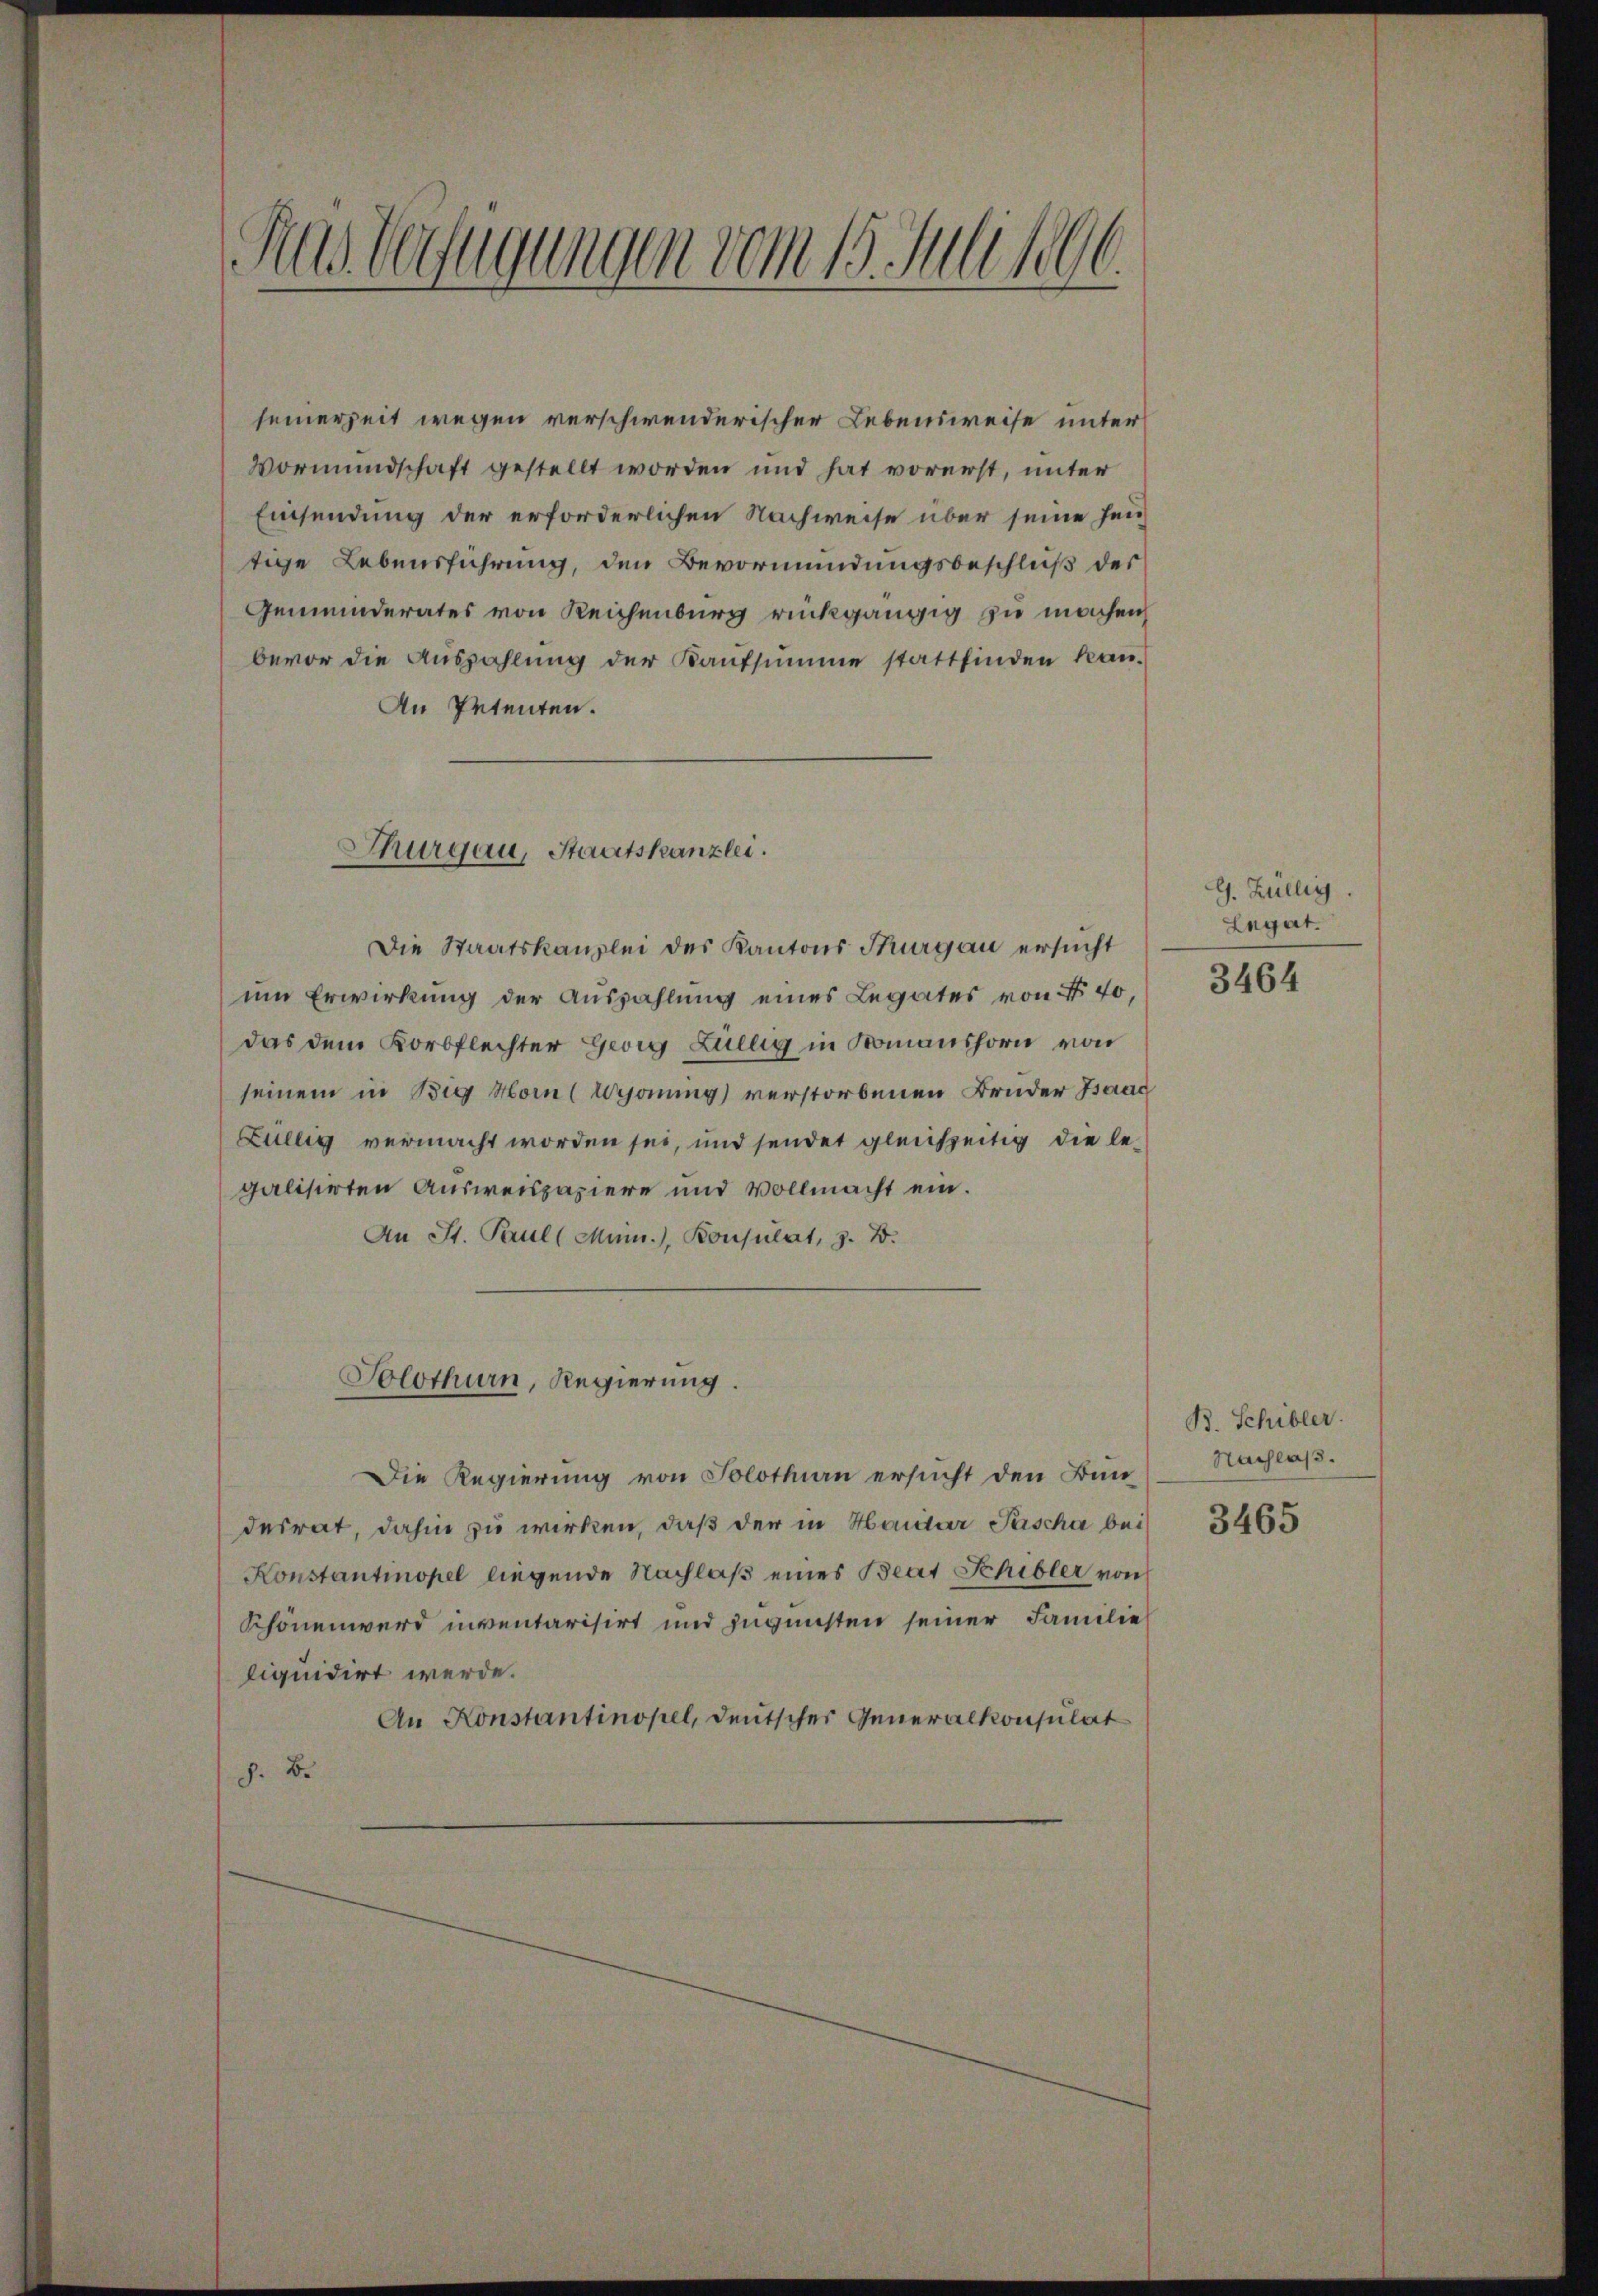
Das Verfügungen vom 15. Juli 1896.

seinerzeit wegen verschwenderischer Lebensweise unter
Vormundschaft gestellt worden und hat vorerst, unter
Einsendung der erforderlichen Nachweise über seine heutige Lebensführung, den Bevormundungsbeschluß des
Gemeinderates von Reichenburg rückgängig zu machen,
bevor die Auszahlung der Kaufsumme stattfinden kan-
An Petenten.
Die Staatskanzlei des Kantons Thurgau ersucht
um Erwirkung der Auszahlung eines Legates von No 40,
das dem Korbflechter Georg Lullig in Nomanshorn von
seinem in Big Horn (Wejonung verstorbenen Bruder Isaac
Züllig vermacht worden sei, und sendet gleichzeitig die legalisirten Ausweispapiere und Vollmacht ein.
An St. Paul (Mun.), Konsulat, z. B.
Solothurn, Regierung.
Die Regierung von Solothurn ersucht den Bun-
desrat, dahin zu wirken, daß der in Haider Pascha bei
Konstantinopel liegende Nachlaß eines Beat Schiller von
Schönenwerd inventarisirt und zugunsten seiner Familie
liquidirt werde.
An Konstantinopel, deutscher Generalkonsulat
 B

Thurgau, Staatskanzlei.

G. Züllig.
Legat.

3464

B. Schibler.
Nachlaß.
3465